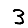
Digit: 3